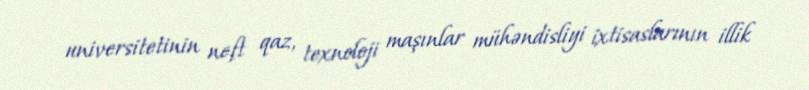
universitetinin neft qaz, texnoloji maşınlar mühəndisliyi ixtisaslarının illik